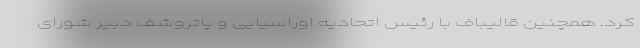
کرد. همچنین قالیباف با رئیس اتحادیه اوراسیایی و پاتروشف دبیر شورای